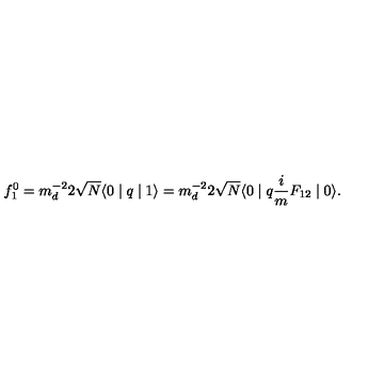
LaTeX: f _ { 1 } ^ { 0 } = m _ { d } ^ { - 2 } 2 \sqrt { N } \langle 0 \mid q \mid 1 \rangle = m _ { d } ^ { - 2 } 2 \sqrt { N } \langle 0 \mid q \frac { i } { m } F _ { 1 2 } \mid 0 \rangle .